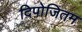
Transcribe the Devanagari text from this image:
दिपोजितम